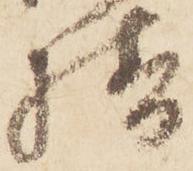
様